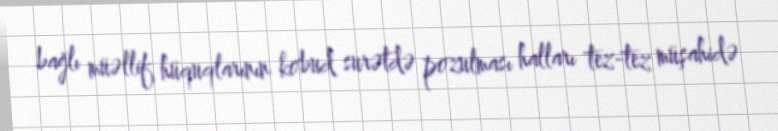
bağlı müəllif hüquqlarının kobud surətdə pozulması halları tez-tez müşahidə